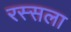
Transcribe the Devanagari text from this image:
रस्सला